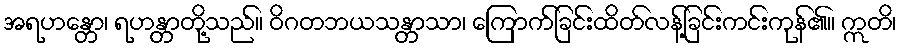
အရဟန္တော၊ ရဟန္တာတို့သည်။ ဝိဂတဘယသန္တာသာ၊ ကြောက်ခြင်းထိတ်လန့်ခြင်းကင်းကုန်၏။ ဣတိ၊